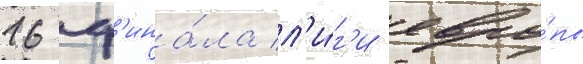
16 ф'ина́ла л'и́г'и евро́пы